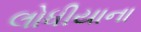
લોધીયાના